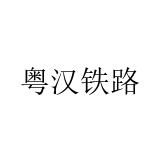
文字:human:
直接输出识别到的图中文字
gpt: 粤汉铁路